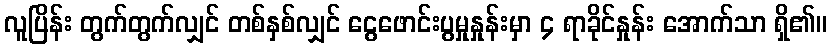
လူပြိန်း တွက်တွက်လျှင် တစ်နှစ်လျှင် ငွေဖောင်းပွမှုနှုန်းမှာ ၄ ရာခိုင်နှုန်း အောက်သာ ရှိ၏။